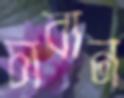
চাবান